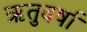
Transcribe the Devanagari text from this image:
ऋतुवर्षा